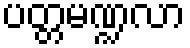
ပတ္တမဏ္ဍလာ